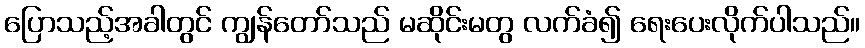
ပြောသည့်အခါတွင် ကျွန်တော်သည် မဆိုင်းမတွ လက်ခံ၍ ရေးပေးလိုက်ပါသည်။